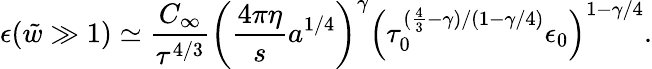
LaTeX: \epsilon({\tilde{w}}\gg 1)\simeq\frac{C_{\infty}}{\tau^{4/3}}\left(\frac{4\pi\eta}{s}a^{1/4}\right)^{\gamma}\left(\tau_{0}^{(\frac{4}{3}-\gamma)/(1-\gamma/4)}\epsilon_{0}\right)^{1-\gamma/4}.